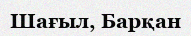
Шағыл, Барқан